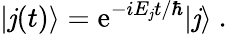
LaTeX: |\mathit{j}(t)\rangle=\mathrm{e}^{-iE_{\mathit{j}}t/\hbar}|\mathit{j}\rangle~.